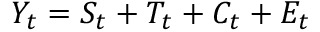
Y _ { t } = S _ { t } + T _ { t } + C _ { t } + E _ { t }